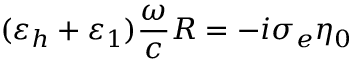
( \varepsilon _ { h } + \varepsilon _ { 1 } ) \frac { \omega } { c } R = - i \sigma _ { e } \eta _ { 0 }